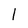
Character: 1